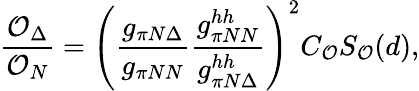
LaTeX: \frac{{\cal O}_{\Delta}}{{\cal O}_{N}}=\left(\frac{g_{\pi N\Delta}}{g_{\pi NN}}\frac{g_{\pi NN}^{hh}}{g_{\pi N\Delta}^{hh}}\right)^{2}C_{{\cal O}}S_{{\cal O}}(d),